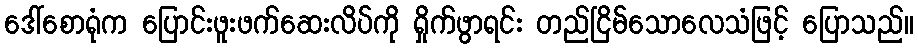
ဒေါ်စောရုံက ပြောင်းဖူးဖက်ဆေးလိပ်ကို ရှိုက်ဖွာရင်း တည်ငြိမ်သောလေသံဖြင့် ပြောသည်။